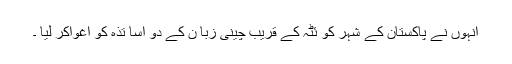
انہوں نے پاکستان کے شہر کو ئٹہ کے قریب چینی زبا ن کے دو اسا تذہ کو اغواکر لیا ۔